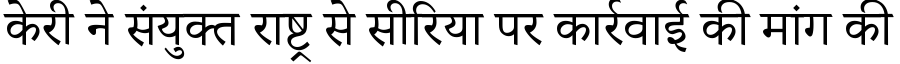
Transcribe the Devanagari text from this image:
केरी ने संयुक्त राष्ट्र से सीरिया पर कार्रवाई की मांग की